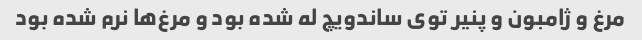
مرغ و ژامبون و پنیر توی ساندویچ له شده بود و مرغ‌ها نرم شده بود